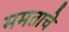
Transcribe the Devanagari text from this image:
ममताचे